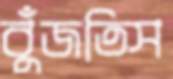
বুঁজতিস